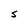
Character: S